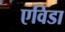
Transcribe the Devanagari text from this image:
एविडा